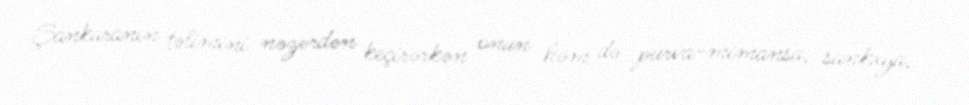
Şankaranın təlimini nəzərdən keçirərkən onun həm də purva-mimansa, sankxya,